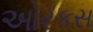
ઓરકસ